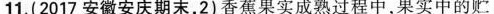
11.(2017安徽安庆期末，2)香蕉果实成熟过程中，果实中的贮